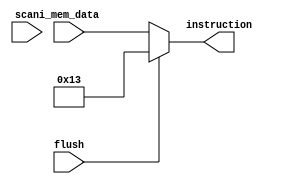
/** @module : fetch_receive
 *  @author : Adaptive & Secure Computing Systems (ASCS) Laboratory

 *  Copyright (c) 2021 STAM Center (ASCS Lab/CAES Lab/STAM Center/ASU)
 *  Permission is hereby granted, free of charge, to any person obtaining a copy
 *  of this software and associated documentation files (the "Software"), to deal
 *  in the Software without restriction, including without limitation the rights
 *  to use, copy, modify, merge, publish, distribute, sublicense, and/or sell
 *  copies of the Software, and to permit persons to whom the Software is
 *  furnished to do so, subject to the following conditions:
 *  The above copyright notice and this permission notice shall be included in
 *  all copies or substantial portions of the Software.

 *  THE SOFTWARE IS PROVIDED "AS IS", WITHOUT WARRANTY OF ANY KIND, EXPRESS OR
 *  IMPLIED, INCLUDING BUT NOT LIMITED TO THE WARRANTIES OF MERCHANTABILITY,
 *  FITNESS FOR A PARTICULAR PURPOSE AND NONINFRINGEMENT. IN NO EVENT SHALL THE
 *  AUTHORS OR COPYRIGHT HOLDERS BE LIABLE FOR ANY CLAIM, DAMAGES OR OTHER
 *  LIABILITY, WHETHER IN AN ACTION OF CONTRACT, TORT OR OTHERWISE, ARISING FROM,
 *  OUT OF OR IN CONNECTION WITH THE SOFTWARE OR THE USE OR OTHER DEALINGS IN
 *  THE SOFTWARE.
 */

module fetch_receive #(
  parameter DATA_WIDTH      =   32,
  parameter SCAN_CYCLES_MIN =    0,
  parameter SCAN_CYCLES_MAX = 1000
)(
  // Control signals
  input  flush,

  // Instruction memory interface
  input  [DATA_WIDTH-1  :0] i_mem_data,

  // Outputs to with decode
  output [DATA_WIDTH-1  :0] instruction,

  //scan signal
  input scan
);

localparam NOP = 32'h00000013;

assign instruction = flush ? NOP : i_mem_data;

endmodule